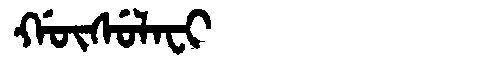
Manchu: ᡤᡡᠰᡠᠯᠠᠸᡳ
Romanization: GŪSULAFI